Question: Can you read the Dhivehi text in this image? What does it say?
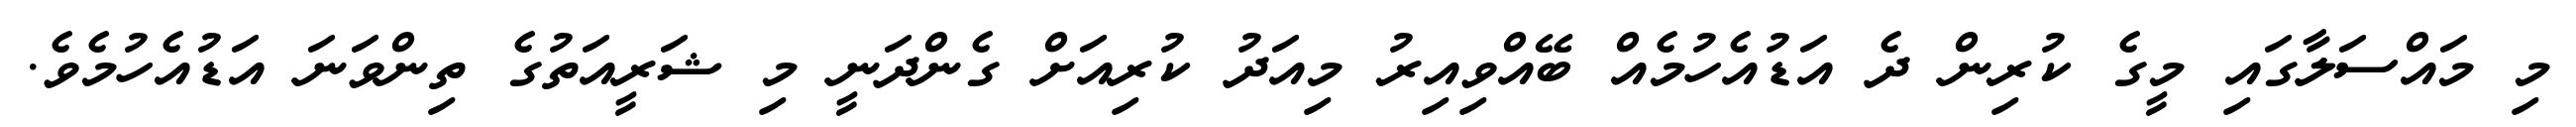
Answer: މި މައްސަލާގައި މީގެ ކުރިން ދެ އަޑުއެހުމެއް ބޭއްވިއިރު މިއަދު ކުރިއަށް ގެންދަނީ މި ޝަރީއަތުގެ ތިންވަނަ އަޑުއެހުމެވެ.